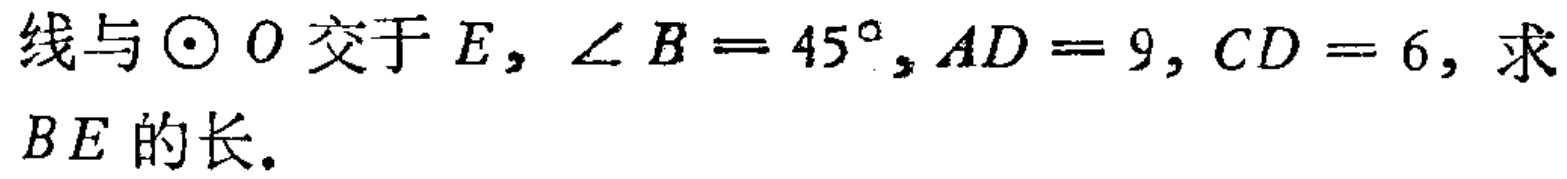
线与$\odot O$交于$E$，$\angle B = 45^{\circ},AD = 9,CD = 6$，求$BE$的长.